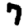
Digit: 7